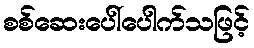
စစ်ဆေးပေါ်ပေါက်သဖြင့်